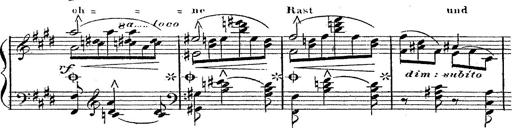
Title: 12 Lieder von Franz Schubert
Composer: Franz Liszt